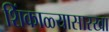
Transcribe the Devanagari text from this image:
शिंकाळ्यासारखा